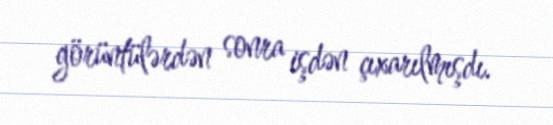
görüntülərdən sonra işdən çıxarılmışdı.